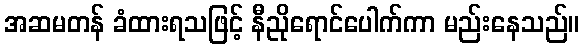
အဆမတန် ခံထားရသဖြင့် နီညိုရောင်ပေါက်ကာ မည်းနေသည်။